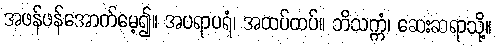
အဖန်ဖန်အောက်မေ့၍။ အပရာပရံ၊ အထပ်ထပ်။ ဘိသက္ကံ၊ ဆေးဆရာသို့။